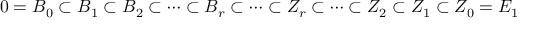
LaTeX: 0 = B _ { 0 } \subset B _ { 1 } \subset B _ { 2 } \subset \dots \subset B _ { r } \subset \dots \subset Z _ { r } \subset \dots \subset Z _ { 2 } \subset Z _ { 1 } \subset Z _ { 0 } = E _ { 1 }